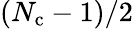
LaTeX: (N_{\mathrm{c}}-1)/2